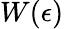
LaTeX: W(\epsilon)